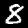
Label: 8